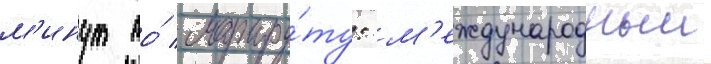
м'инут по́ маршру́ту: м'еждународныи